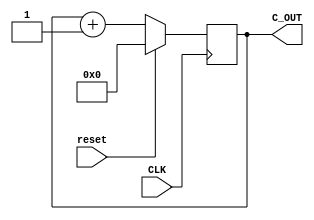
module counter (C_OUT,CLK,reset);	
  output 	[3: 0] 	C_OUT;
  input 	CLK,reset;
  reg 	[3:0] 	C_OUT;

  always @ (posedge CLK)
  begin
  if (reset) C_OUT <= 4'b0000;
  else 
  C_OUT <= C_OUT + 4'b0001;
  end
  endmodule